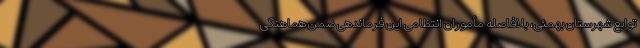
توابع شهرستان بهمئی، بلافاصله مأموران انتظامی این فرماندهی ضمن هماهنگی